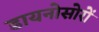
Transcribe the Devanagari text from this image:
डायनोसोरों